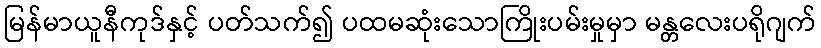
မြန်မာယူနီကုဒ်နှင့် ပတ်သက်၍ ပထမဆုံးသောကြိုးပမ်းမှုမှာ မန္တလေးပရိုဂျက်